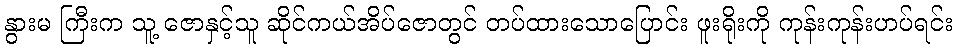
နွားမ ကြီးက သူ့ ဇောနှင့်သူ ဆိုင်ကယ်အိပ်ဇောတွင် တပ်ထားသောပြောင်း ဖူးရိုးကို ကုန်းကုန်းဟပ်ရင်း